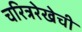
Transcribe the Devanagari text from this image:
चरित्ररेखेची